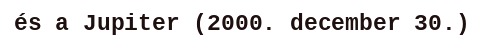
és a Jupiter (2000. december 30.)